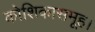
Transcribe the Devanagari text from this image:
कोशिकासमूह।